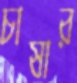
চাষার